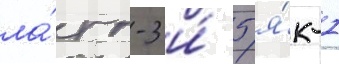
ла́гг-3 и́ 5 я́к-1